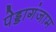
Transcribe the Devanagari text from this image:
पेड्डागंजाम